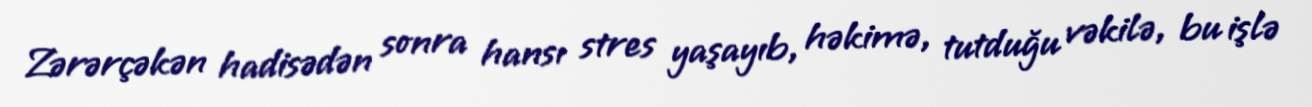
Zərərçəkən hadisədən sonra hansı stres yaşayıb, həkimə, tutduğu vəkilə, bu işlə